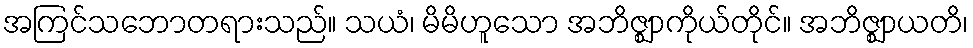
အကြင်သဘောတရားသည်။ သယံ၊ မိမိဟူသော အဘိဇ္ဈာကိုယ်တိုင်။ အဘိဇ္ဈာယတိ၊